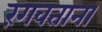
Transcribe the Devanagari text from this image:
रंगवताना